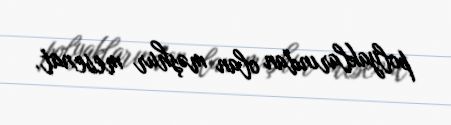
polyaklarından olan məşhur mesenat.